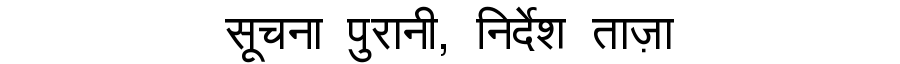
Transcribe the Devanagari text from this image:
सूचना पुरानी, निर्देश ताज़ा